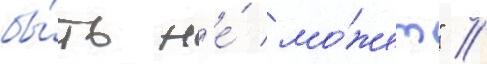
бы́ть н'е́ мо́жет" //